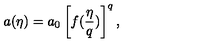
a ( \eta ) = a _ { 0 } \left[ f ( { \frac { \eta } { q } } ) \right] ^ { q } ,